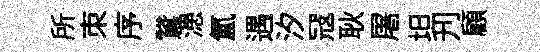
所朿序鵞漶氲遇汐冦耿屠坦刋顧